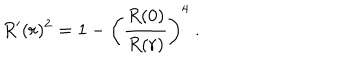
R ^ { \prime } ( r ) ^ { 2 } = 1 - \left( { \frac { R ( 0 ) } { R ( r ) } } \right) ^ { 4 } \ .